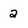
Character: 2